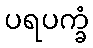
ပရပက္ခံ